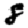
Digit: 8